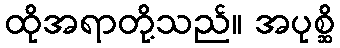
ထိုအရာတို့သည်။ အပုစ္ဆိ